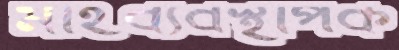
মাহব্যবস্থাপক